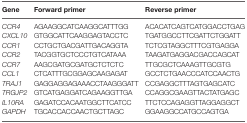
<table><thead><tr><td><b>Gene</b></td><td><b>Forward primer</b></td><td><b>Reverse primer</b></td></tr></thead><tbody><tr><td><i>CCR4</i></td><td>AGAAGGCATCAAGGCATTTGG</td><td>ACACATCAGTCATGGACCTGAG</td></tr><tr><td><i>CXCL10</i></td><td>GTGGCATTCAAGGAGTACCTC</td><td>TGATGGCCTTCGATTCTGGATT</td></tr><tr><td><i>CCR1</i></td><td>CCTGCTGACGATTGACAGGTA</td><td>TCTCGTAGGCTTTCGTGAGGA</td></tr><tr><td><i>CCR2</i></td><td>TACGGTGCTCCCTGTCATAAA</td><td>TAAGATGAGGACGACCAGCAT</td></tr><tr><td><i>CCR7</i></td><td>AAGCGATGCGATGCTCTCTC</td><td>TTGCGCTCAAAGTTGCGTG</td></tr><tr><td><i>CCL1</i></td><td>CTCATTTGCGGAGCAAGAGAT</td><td>GCCTCTGAACCCATCCAACTG</td></tr><tr><td><i>TRAJ1</i></td><td>GAGGAGGAGAAACCTAAGGGATT</td><td>CCGAGGCTTTAGTGAGCATC</td></tr><tr><td><i>TRGJP2</i></td><td>GTCATGAGGATCAGAAGGTTGA</td><td>CCAGGCGAAGTTACTATGAGC</td></tr><tr><td><i>IL10RA</i></td><td>GAGATCCACAATGGCTTCATCC</td><td>TTCTCCAGAGGTTAGGAGGCT</td></tr><tr><td><i>GAPDH</i></td><td>TGCACCACCAACTGCTTAGC</td><td>GGAAGGCCATGCCAGTGA</td></tr></tbody></table>